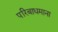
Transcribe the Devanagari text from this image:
परिबाधमाना